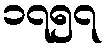
၁၇၅၇